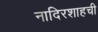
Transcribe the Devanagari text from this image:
नादिरशाहची